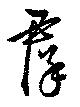
群